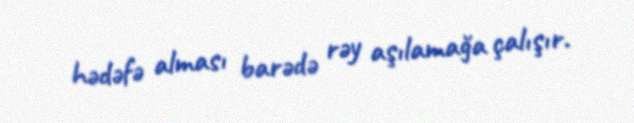
hədəfə alması barədə rəy aşılamağa çalışır.